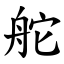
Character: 舵